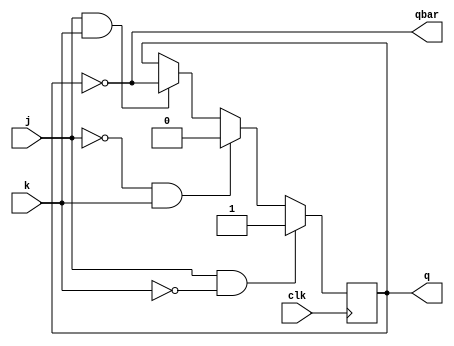
module jk_flipflop (
  input wire j, // Input J
  input wire k, // Input K
  input wire clk, // Clock input
  output reg q, // Output Q
  output reg qbar // Output Q'
);

always @(negedge clk) begin
  if (j & !k) begin
    q <= 1;
  end else if (!j & k) begin
    q <= 0;
  end else if (j & k) begin
    q <= ~q;
  end
end

assign qbar = ~q;

endmodule